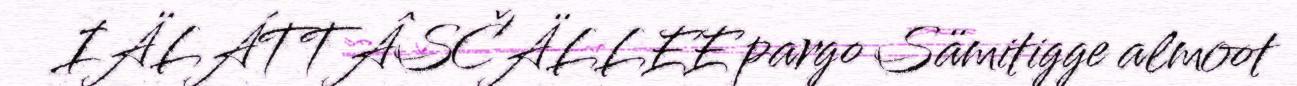
IÄLÁTTÂSČÄLLEE pargo Sämitigge almoot